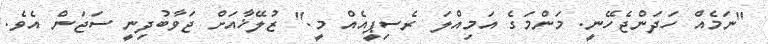
"ނަމެއް ހަދަންޖެހޭނީ. މަންމަގެ އަމިއްލަ ރެސިޕީއެއް މީ." ޒުލޭޚާއަށް ޖަވާބުދިނީ ސަޖަން އެވެ.